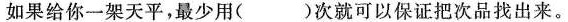
如果给你一架天平，最少用()次就可以保证把次品找出来。